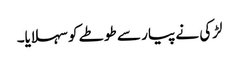
لڑکی نے پیار سے طوطے کو سہلایا۔